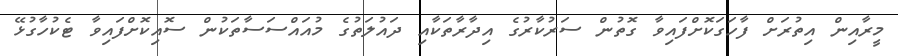
މީރާއިން އިތުރަށް ފާހަގަކޮށްފައިވާ ގޮތުން ސަރުކާރުގެ އިދާރާތަކާއި ދައުލަތުގެ މުއައްސަސާތަކުން ސޮއިކޮށްފައިވާ ޓެކުހާގުޅޭ